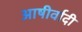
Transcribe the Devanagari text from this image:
आषीर्वादी